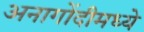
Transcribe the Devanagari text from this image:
अनागोंदीमध्ये